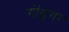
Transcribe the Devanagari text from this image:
गोंइगर